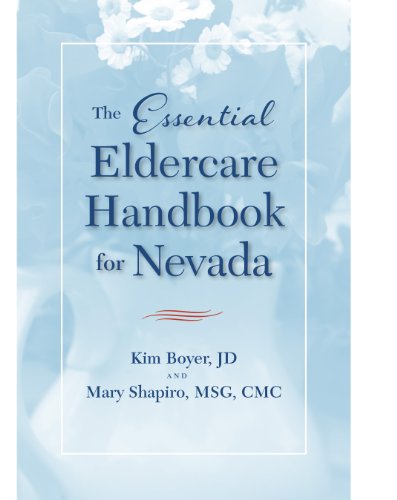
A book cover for The Essential Eldercare Handbook for Nevada; Kim Boyer; Health, Fitness & Dieting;